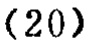
\((20)\)